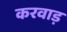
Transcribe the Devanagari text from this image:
करवाड़